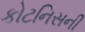
કોટનિસની